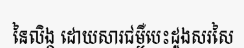
នៃលិង្គ ដោយសារជម្ងឺបេះដូងសរសៃ